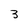
Character: 3